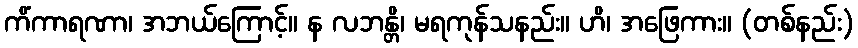
ကိံကာရဏာ၊ အဘယ်ကြောင့်။ န လဘန္တိ၊ မရကုန်သနည်း။ ဟိ၊ အဖြေကား။ (တစ်နည်း)